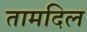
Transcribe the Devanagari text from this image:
तामदिल